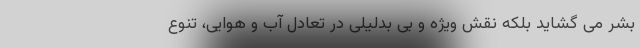
بشر می گشاید بلکه نقش ویژه و بی بدلیلی در تعادل آب و هوایی، تنوع